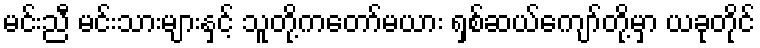
မင်းညီ မင်းသားများနှင့် သူတို့ကတော်မယား ရှစ်ဆယ်ကျော်တို့မှာ ယခုတိုင်